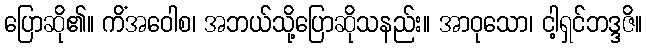
ပြောဆို၏။ ကိံအဝေါစ၊ အဘယ်သို့ပြောဆိုသနည်း။ အာဝုသော၊ ငါ့ရှင်ဘဒ္ဒဇိ။